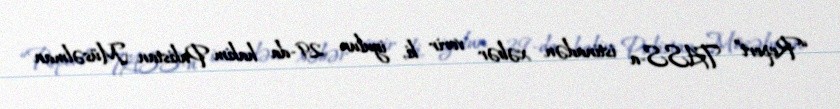
“Report” TASS-a istinadən xəbər verir ki, iyulun 29-da hakim Pakistan Müsəlman